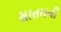
સાતમની